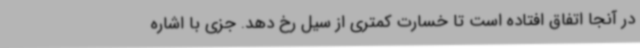
در آنجا اتفاق افتاده است تا خسارت کمتری از سیل رخ دهد. جزی با اشاره